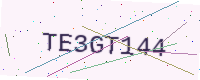
Text: TE3GT144